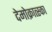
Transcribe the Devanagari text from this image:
देमोक्रात्स्का